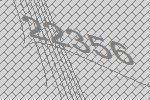
22356